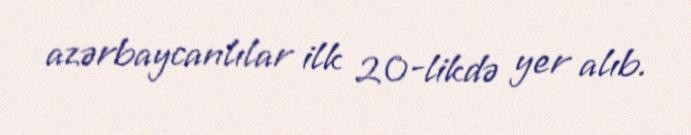
azərbaycanlılar ilk 20-likdə yer alıb.